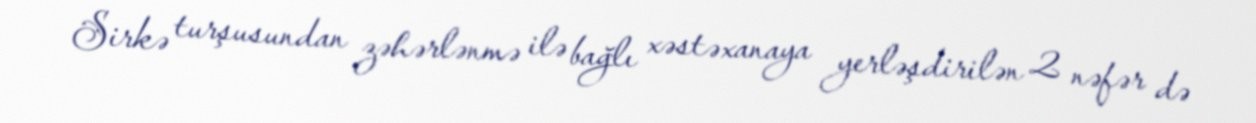
Sirkə turşusundan zəhərlənmə ilə bağlı xəstəxanaya yerləşdirilən 2 nəfər də